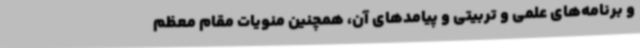
و برنامه‌های علمی و تربیتی و پیامدهای آن، همچنین منویات مقام معظم